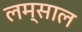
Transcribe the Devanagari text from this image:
लम्साल